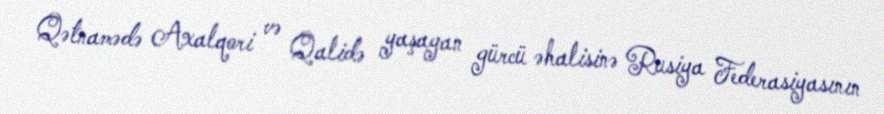
Qətnamədə Axalqori və Qalidə yaşayan gürcü əhalisinə Rusiya Federasiyasının